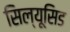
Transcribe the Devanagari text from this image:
सिल्यूसिड